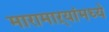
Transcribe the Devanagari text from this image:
मारामाऱ्यांमध्ये